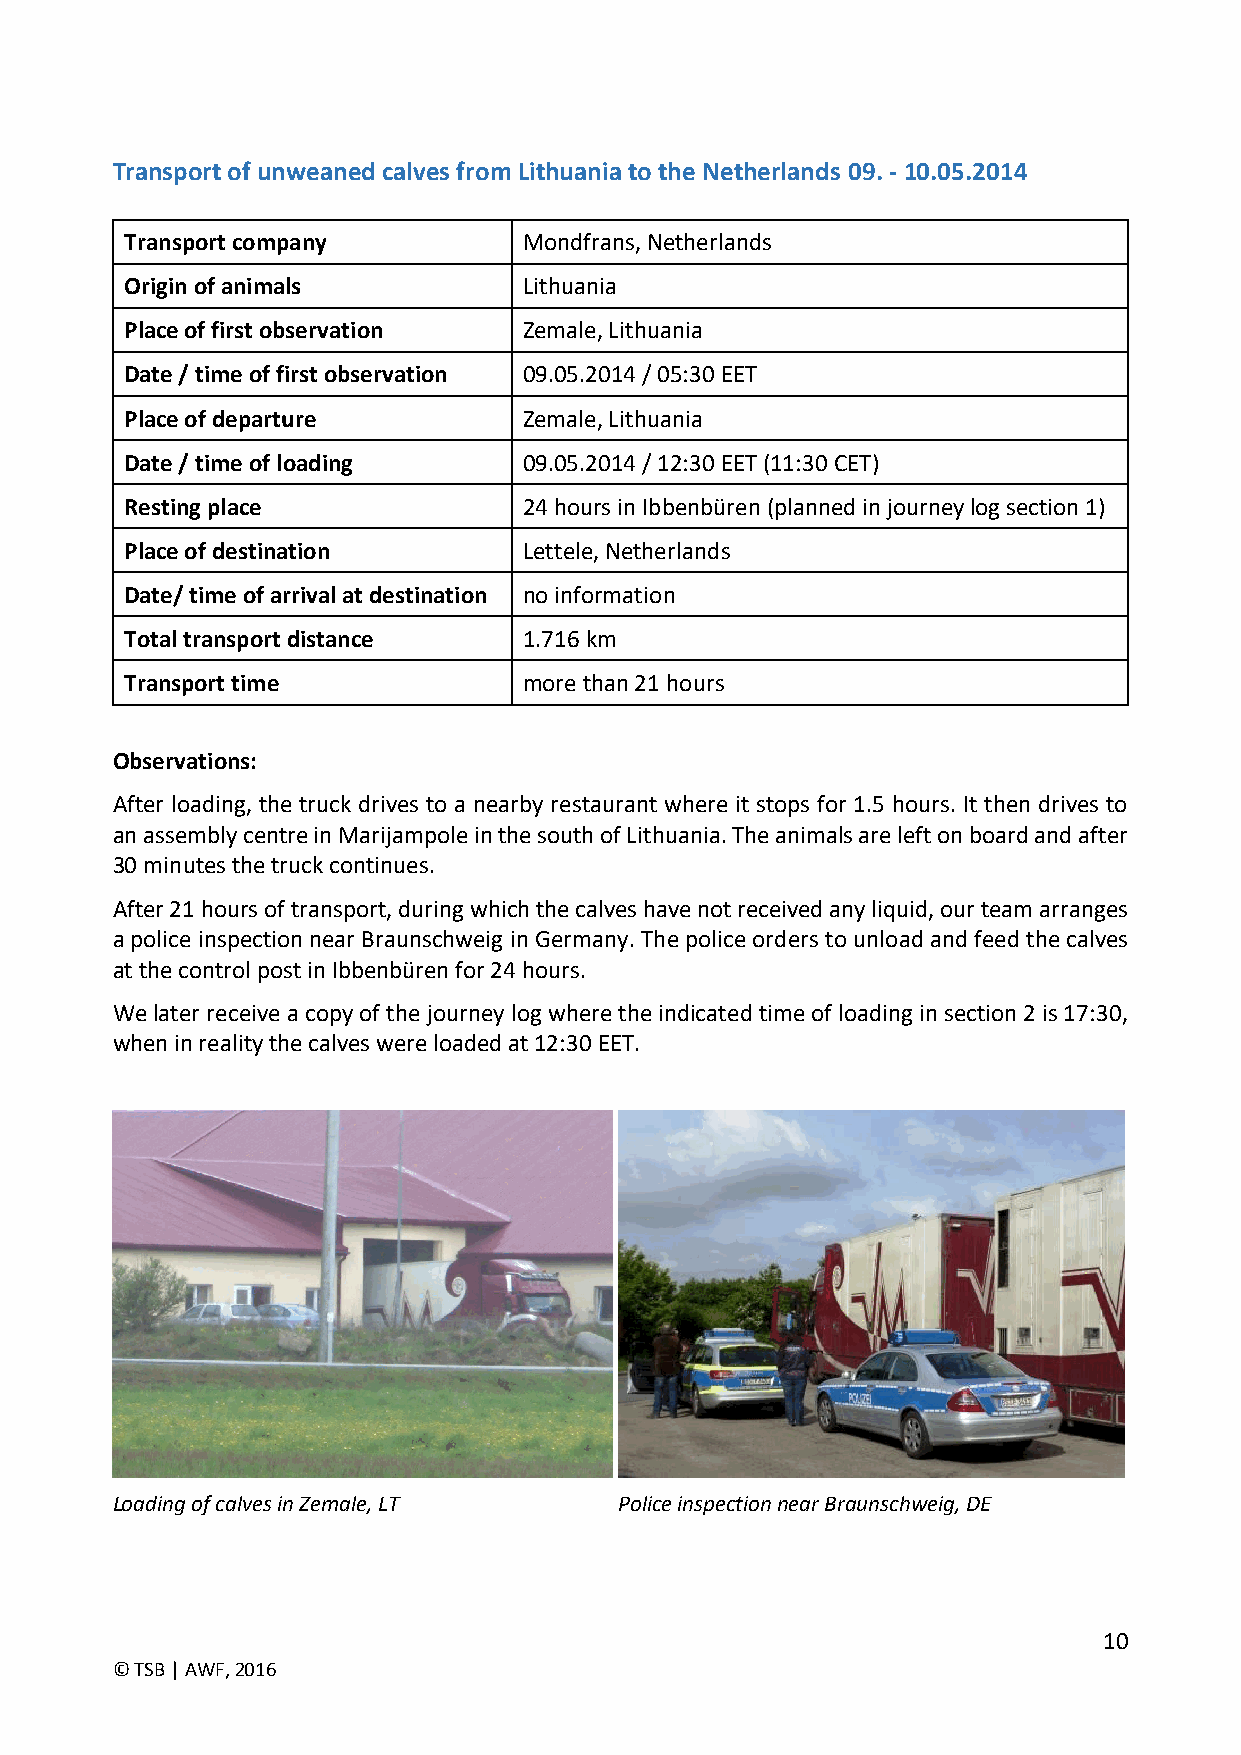
Transport of unweaned calves from Lithuania to the Netherlands 09. - 10.05.2014
 Transport company          Mondfrans, Netherlands
 Origin of animals          Lithuania
 Place of first observation Zemale, Lithuania
 Date / time of first observation 09.05.2014 / 05:30 EET
 Place of departure         Zemale, Lithuania
 Date / time of loading     09.05.2014 / 12:30 EET (11:30 CET)
 Resting place              24 hours in Ibbenbüren (planned in journey log section 1)
 Place of destination       Lettele, Netherlands
 Date/ time of arrival at destination no information
 Total transport distance   1.716 km
 Transport time             more than 21 hours
 Observations:
 After loading, the truck drives to a nearby restaurant where it stops for 1.5 hours. It then drives to
 an assembly centre in Marijampole in the south of Lithuania. The animals are left on board and after
 30 minutes the truck continues.
 After 21 hours of transport, during which the calves have not received any liquid, our team arranges
 a police inspection near Braunschweig in Germany. The police orders to unload and feed the calves
 at the control post in Ibbenbüren for 24 hours.
 We later receive a copy of the journey log where the indicated time of loading in section 2 is 17:30,
 when in reality the calves were loaded at 12:30 EET.
 Loading of calves in Zemale, LT   Police inspection near Braunschweig, DE
 10
 © TSB | AWF, 2016